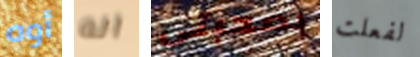
أوه انه بصحبتي لفعلت